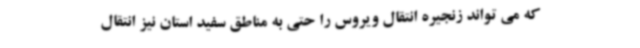
که می تواند زنجیره انتقال ویروس را حتی به مناطق سفید استان نیز انتقال